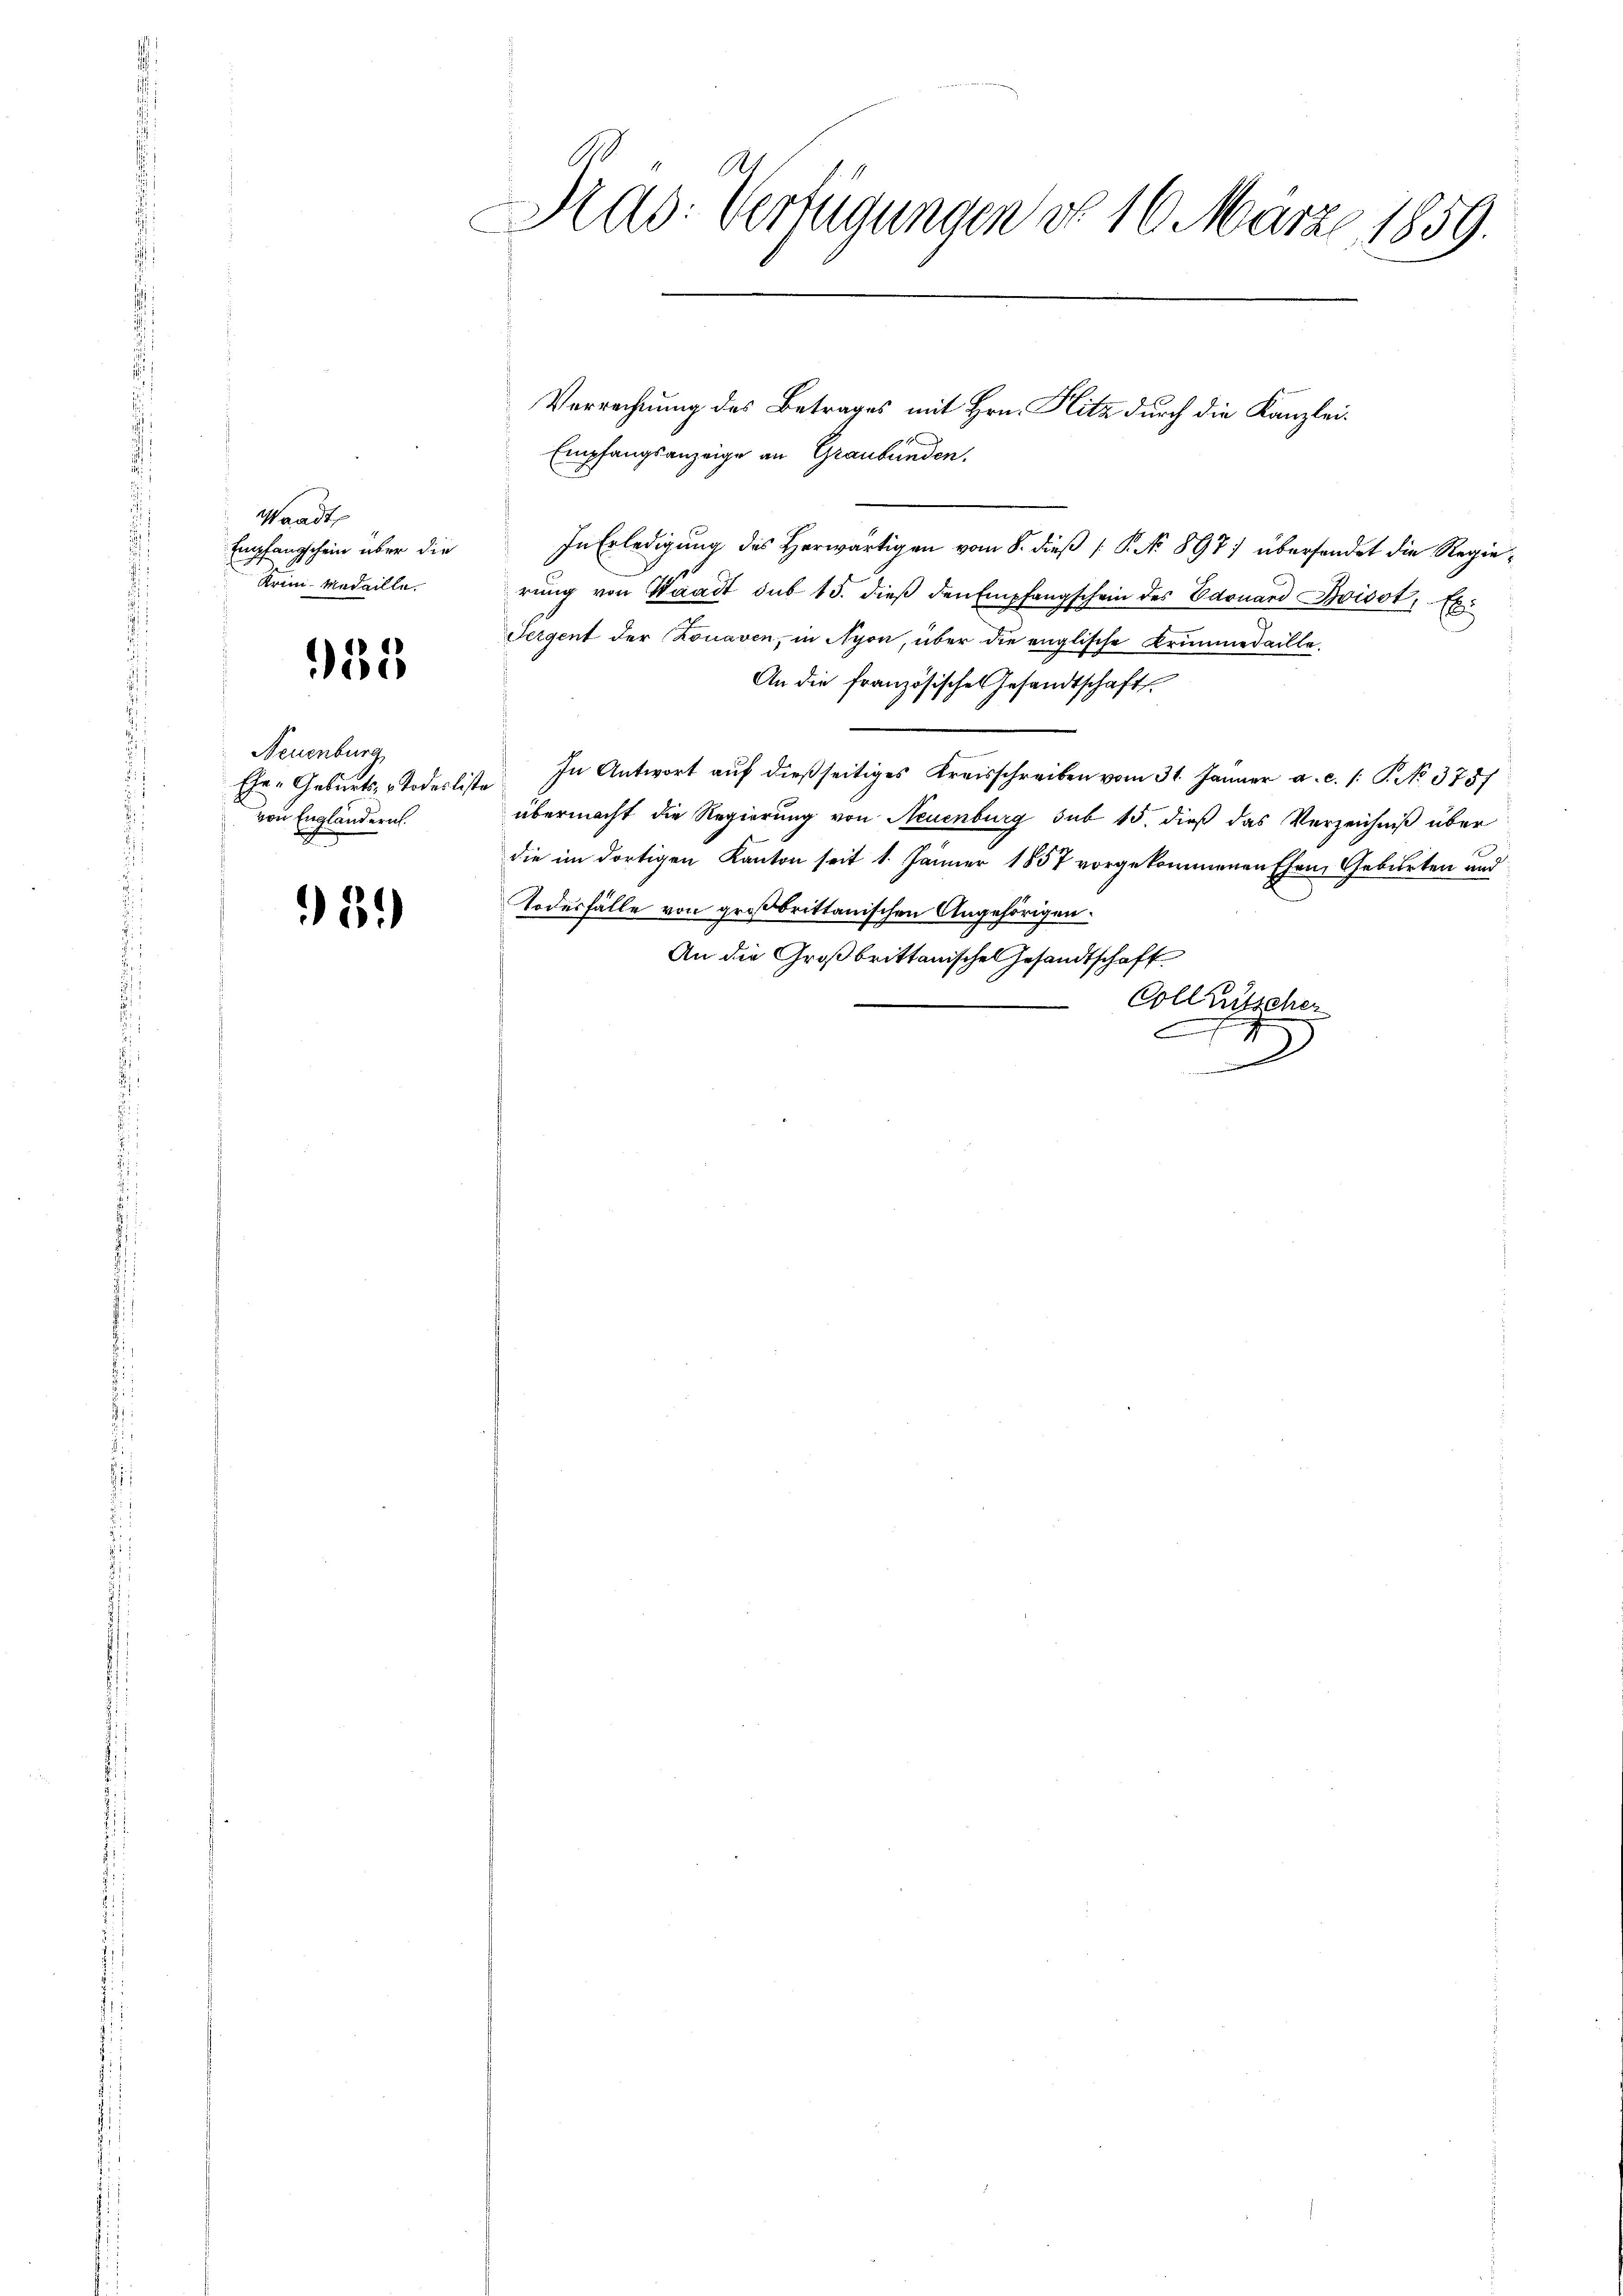
Waadt
Empfangschein über die
Krim-Medaille.

955

Neuenburg
Ehe- Geburts Todesliste
von Engländern.

5.)

Kad: Verfügungen do 16. März 1859.

Empfangsanzeige an Graubünden.
In Erledigung des Herwärtigen vom 8. dieß ( P. No 897 übersendet die Regierŭng von Staadt sub 15. dieβ den Empfangschein des Edouard Boisot, Es
Sergent der Lonaven, in Nyon, über die englische Krimmedaille¬
An die französisches Gesandtschaft
In Antwort auf dießseitiges Kreisschreiben vom 31. Jänner a.c. s. S. No. 3787
übermacht die Regierung von Neuenburg sub 15. dieß das Verzeichniß über
die im dortigen Kanton seit 1. Jänner 1857 vorgekommenen Ehen Geburten und
Todesfälle von großbrittanischen Angehörigen.
An die Großbrittanischen Gesandtschaft
Colletscher
C
.

Verrechnung des Betrages mit Hrn. Plitz durch die Kanzlei¬